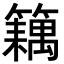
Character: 𬕽